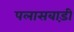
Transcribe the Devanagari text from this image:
पलासबाड़ी